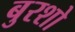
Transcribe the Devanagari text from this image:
बुरशो